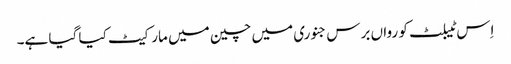
اِس ٹیبلٹ کو رواں برس جنوری میں چین میں مارکیٹ کیا گیا ہے۔